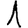
Digit: 1